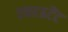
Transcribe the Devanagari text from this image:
एकाऊटैंट